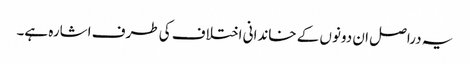
یہ دراصل ان دونوں کے خاندانی اختلاف کی طرف اشارہ ہے۔